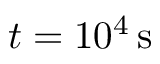
t = 1 0 ^ { 4 } \, \mathrm { s }